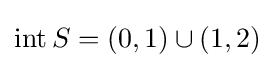
\operatorname {int} S=(0,1)\cup (1,2)